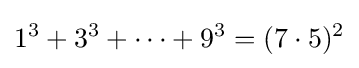
1^{3}+3^{3}+\dots +9^{3}=(7\cdot 5)^{2}